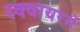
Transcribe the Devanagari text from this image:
स्क्वायरमें